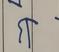
Signature authenticity: genuine